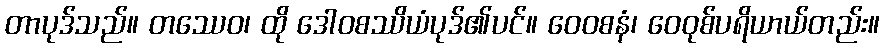
တာပုဒ်သည်။ တဿေဝ၊ ထို ဒေါဝစဿိယံပုဒ်၏ပင်။ ဝေဝစနံ၊ ဝေဝုစ်ပရိယာယ်တည်း။